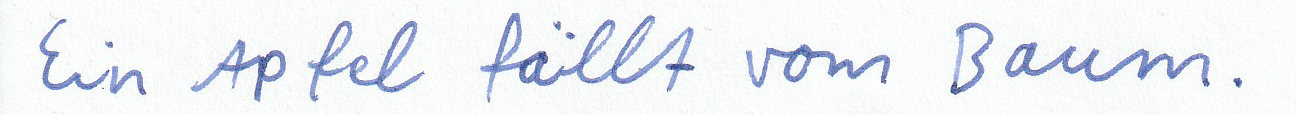
Ein Apfel fällt vom Baum.